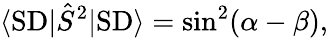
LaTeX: \langle\textrm{SD}|\hat{S}^{2}|\textrm{SD}\rangle=\sin^{2}(\alpha-\beta),